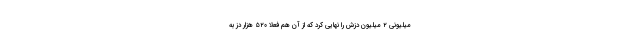
میلیونی ۲ میلیون دُزش را نهایی کرد که از آن هم فعلا ۵۲۰ هزار دُز به